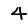
Digit: 4